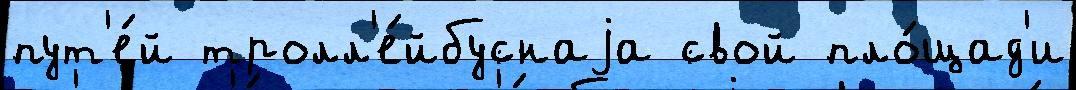
пут'е́й тролл'е́йбуснаjа свой пло́щад'и